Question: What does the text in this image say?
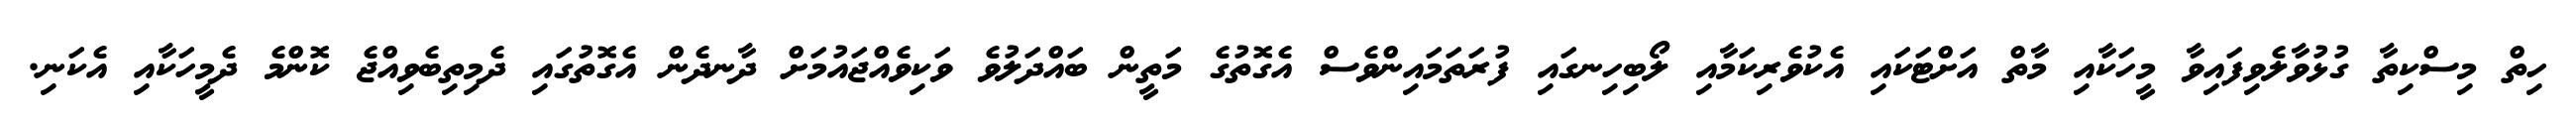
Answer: ހިތް މިސްކިތާ ގުޅުވާލެވިފައިވާ މީހަކާއި މާތް އަށްޓަކައި އެކުވެރިކަމާއި ލޯބިހިނގައި ފުރަތަމައިންވެސް އެގޮތުގެ މަތީން ބައްދަލުވެ ވަކިވެއްޖައުމަށް ދާނދެން އެގޮތުގައި ދެމިތިބެވިއްޖެ ކޮންމެ ދެމީހަކާއި އެކަނި.